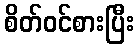
စိတ်ဝင်စားပြီး